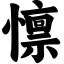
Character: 懔